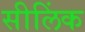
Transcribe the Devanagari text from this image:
सीलिंक